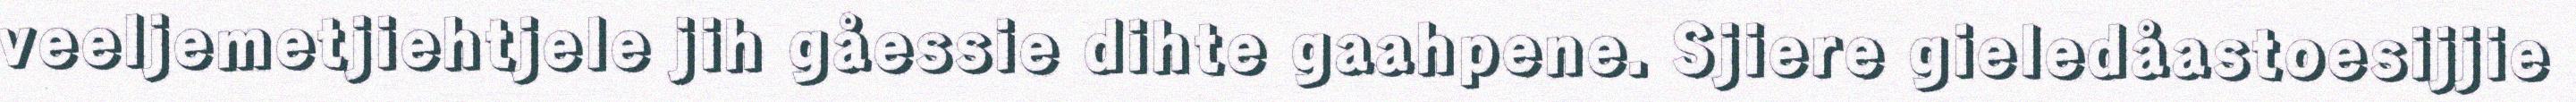
veeljemetjiehtjele jih gåessie dihte gaahpene. Sjiere gieledåastoesijjie